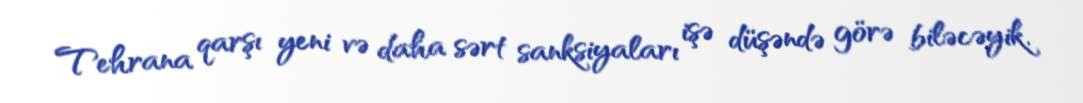
Tehrana qarşı yeni və daha sərt sanksiyaları işə düşəndə görə biləcəyik.